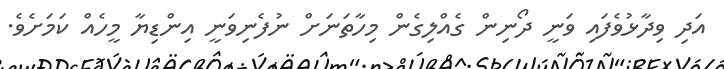
އަދި ވިދާޅުވެފައި ވަނީ ދޯނިން ގެއްލިގެން މިހާތަނަށް ނުފެނިވަނީ އިންޑިޔާ މީހެއް ކަމަށެވެ.